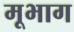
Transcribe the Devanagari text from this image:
मूभाग